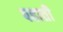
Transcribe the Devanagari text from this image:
पहाती